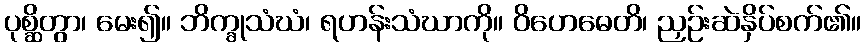
ပုစ္ဆိတွာ၊ မေး၍။ ဘိက္ခုသံဃံ၊ ရဟန်းသံဃာကို။ ဝိဟေဓေတိ၊ ညှဉ်းဆဲနှိပ်စက်၏။